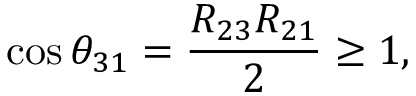
\cos \theta _ { 3 1 } = \frac { R _ { 2 3 } R _ { 2 1 } } { 2 } \geq 1 ,